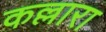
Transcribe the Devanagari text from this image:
कल्लारा